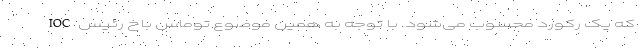
که یک رکورد محسوب می‌شود. با توجه به همین موضوع توماس باخ رئیس IOC